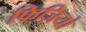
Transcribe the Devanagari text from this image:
फिज़ियो